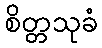
စိတ္တသုခံ